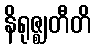
နိရုဇ္ဈတီတိ